Annual vaccination report of Bihar and Orissa - 1911-1928
Year: 1911
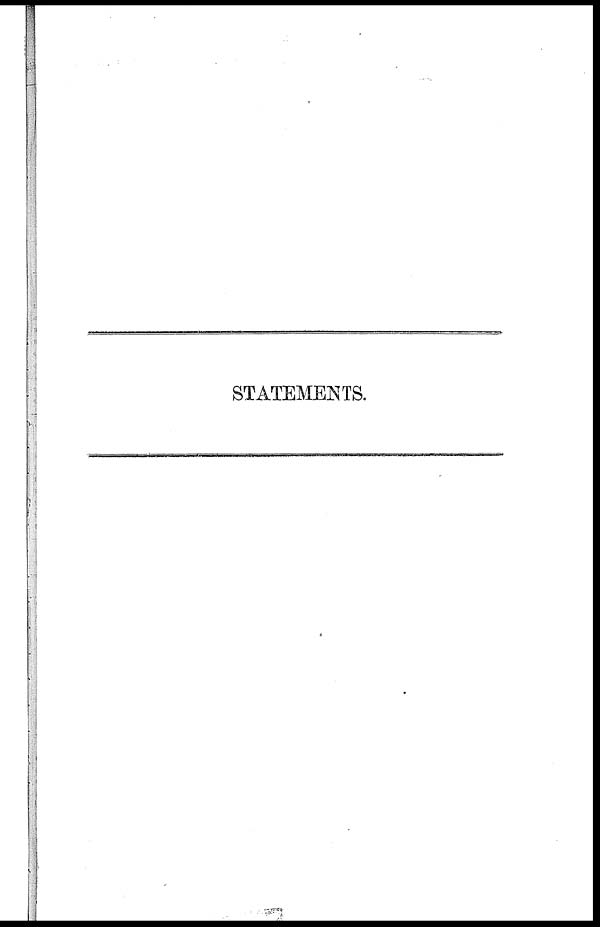
STATEMENTS.